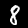
Label: 8